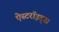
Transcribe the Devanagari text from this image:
ऐस्टरॉइड्स